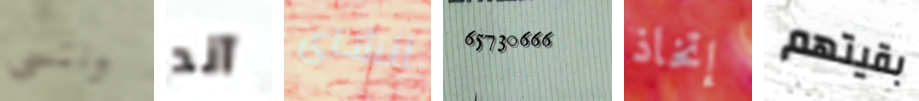
وننسى آند الشاى 65730666 إتخاذ بقيتهم